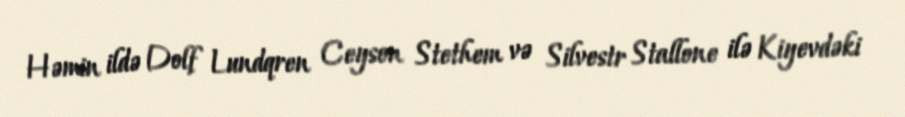
Həmin ildə Dolf Lundqren Ceyson Stethem və Silvestr Stallone ilə Kiyevdəki